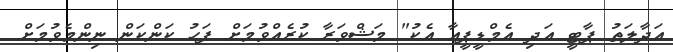
އަދާލަތު ޕާޓީ އަދި އެމްޑީޕީއާ އެކު" މަޝްވަރާ ކުރެއްވުމަށް ފަހު ކަންކަން ނިންމެވުމަށް